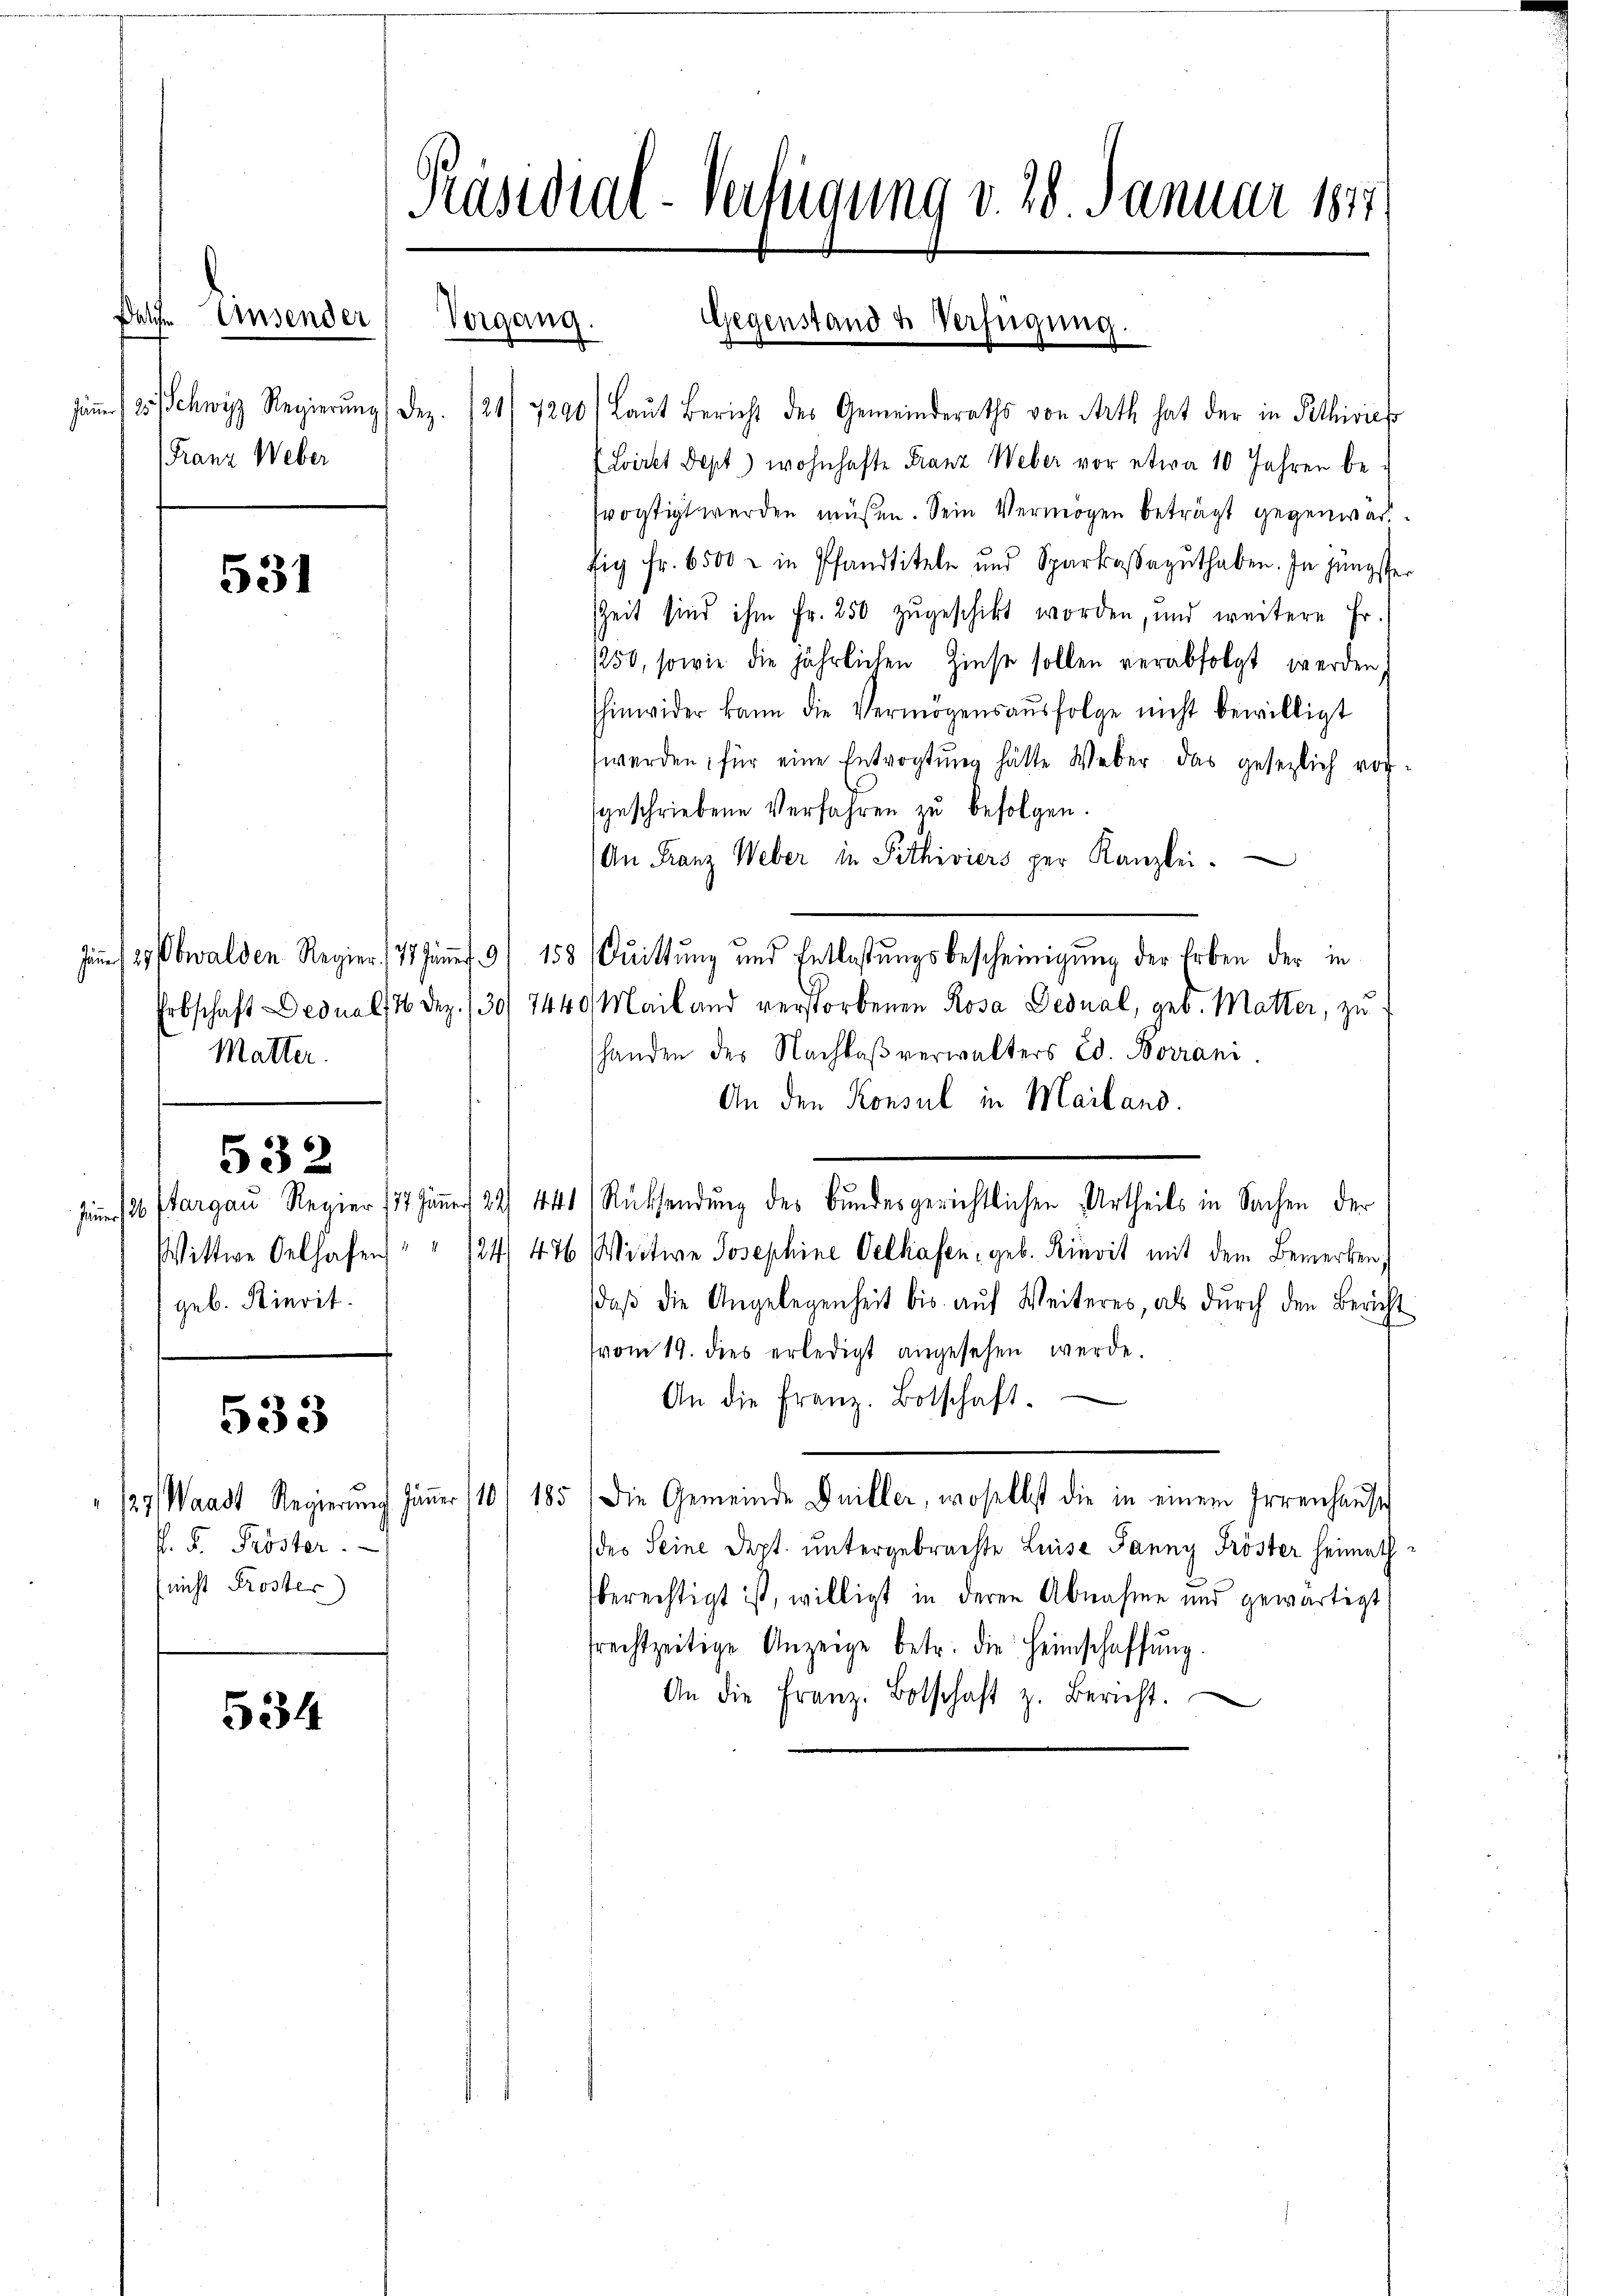
Delche Ansender
dämme 1 25/ Schwyz Regierŭng. Dez.
Franz Weber

Jäner

Jauner

531

Matter.

532

geb. Bierit.

533

P. F. Proster.
(nicht Proster)

534

Präsidial-Verfügung v. 28. Januar 1847
Vergang
Gegenstand & Verfügung.

21/7290) Laut Bericht des Gemeinderaths von Arth hat der in Pethisies
Lviret Sept) wohnhafte Franz Weber vor etwa 10 Jahren befrostigt werden müßen. Sein Vermögen beträgt gegenwärfig Fr. 6500 x in Pfandtiteln und Sparkassaguthaben. In Jüngster
ZZeit sind ihm Fr. 250 zugeschikt worden, und weitere Fr.
1250, sowie die jährlichen Zinse sollen verabfolgt werden,
hinwider kann die Vermögensaŭsfolge nicht bewilligt
werden, für eine Entvogtung hätte Weber das gesezlich vorgeschriebene Verfahren zu befolgen.
An Franz Weber in Pethiviers per Kanzlei.
2, Obwalden Regier (7 Jännet 9/ 158 (Quittung und Entlastŭngsbescheinigŭng der Erben der in
Erbschaft Dednal, 1 Dez. 130/ 7440 Mailand verstorbenen Rosa Dednal, geb. Matter, zu
shanden des Nachlaß verwalters Ed. Borrani.
An den Konsul in Mailand.
12 Pargau Regier 187 Jäṅer 24. 441) Rücksendŭng des Bŭndesgerichtlichen Urtheils in Sachen der
Wittwe Oelhafen " " 124) 476 Wittwe Josephine Oelhafen, geb. Rinvit mit dem Bemerken,
daß die Angelegenheit bis auf Weiteres, als durch den Bericht
vom 19. dies erledigt angesehen werde.
An die Franz. Botschaft.
127, Waadt Regierung Jäṅer 110/ 185) Die Gemeinde Guiller, woselbst die in einem Irrenhaŭse
des Seine Dept. untergebrachte Luise Janny Tröster heimath
berechtigt ist, willigt in deren Abnahme und gewärtigt
frechtzeitige Anzeige betr. die Heimschaffŭng.
An die Franz. Botschaft z. Bericht.